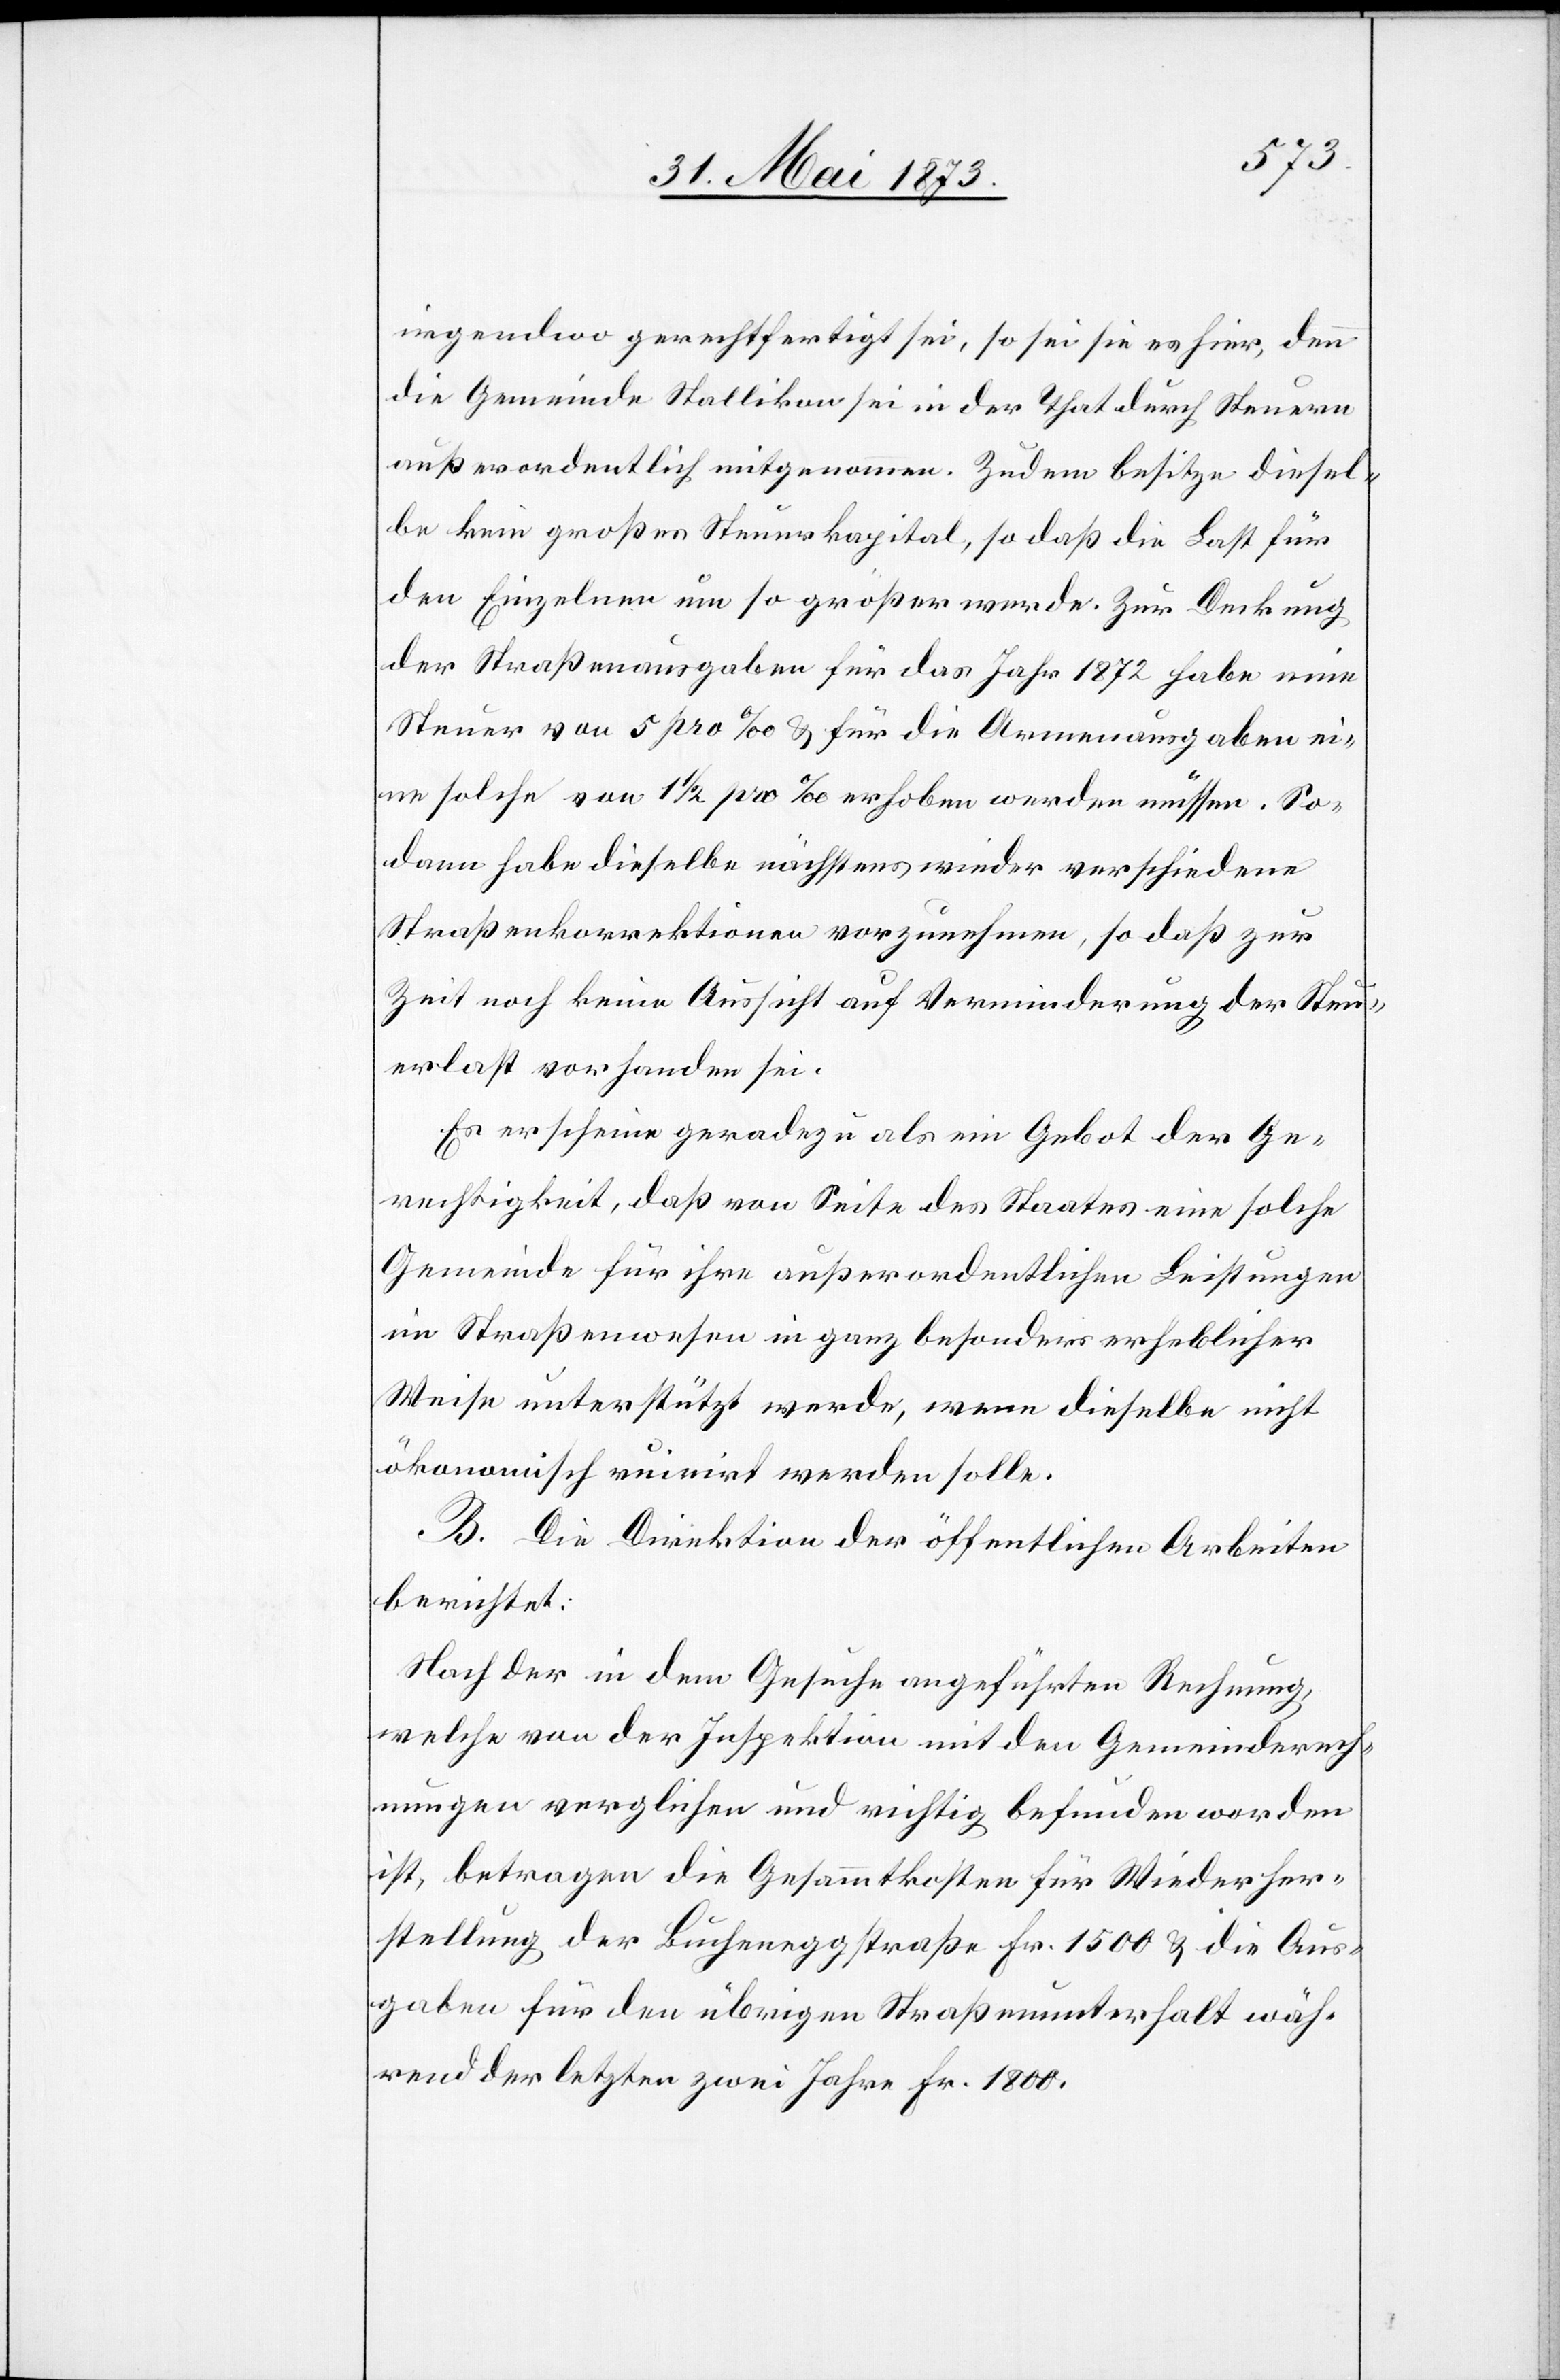
irgendwo gerechtfertigt sei, so sei sie es hier, denn
die Gemeinde Stallikon sei in der That durch Steuern
außerordentlich mitgenommen. Zudem besitze diesel¬
be kein großes Steuerkapital, so daß die Last für
den Einzelnen um so größer werde. Zur Deckung
der Straßenausgaben für das Jahr 1872 habe eine
Sodann habe dieselbe nächstens wieder verschiedene
Straßenkorrektionen vorzunehmen, so daß zur
Zeit noch keine Aussicht auf Verminderung der Steu¬
erlast vorhanden sei.
Es erscheine geradezu als ein Gebot der Ge¬
rechtigkeit, daß von Seite des Staates eine solche
Gemeinde für ihre außerordentlichen Leistungen
im Straßenwesen in ganz besonders erheblicher
Weise unterstützt werde, wenn dieselbe nicht
ökonomisch ruinirt werden solle.
B. Die Direktion der öffentlichen Arbeiten
berichtet:
Nach der in dem Gesuche angeführten Rechnung,
welche von der Inspektion mit den Gemeinderech¬
nungen verglichen und richtig befunden worden
ist, betragen die Gesammtkosten für Wiederher¬
stellung der Bucheneggstraße Fr. 1 500 & die Aus¬
gaben für den übrigen Straßenunterhalt wäh¬
rend der letzten zwei Jahre Fr. 1 800.